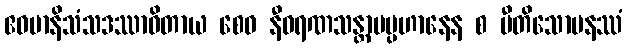
ဧဝမာနိသံသဒဿာဝိတာယ စေဝ နီဝရဏသန္တာပပ္ပဟာနေန စ ပီတိသောမနဿံ